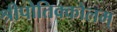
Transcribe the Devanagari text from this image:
श्रीपोतिक्कोलम्